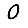
Digit: 0